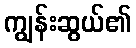
ကျွန်းဆွယ်၏